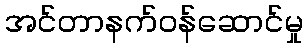
အင်တာနက်ဝန်ဆောင်မှု